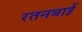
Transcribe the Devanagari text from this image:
रतनबाई